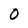
Character: 0